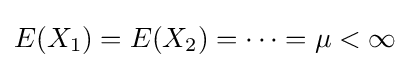
E(X_{1})=E(X_{2})=\cdots =\mu <\infty